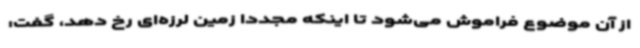
از آن موضوع فراموش می‌شود تا اینکه مجددا زمین لرزه‌ای رخ دهد، گفت: